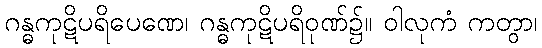
ဂန္ဓကုဋိပရိပေဏေ၊ ဂန္ဓကုဋိပရိဝုဏ်၌။ ဝါလုကံ ကတွာ၊